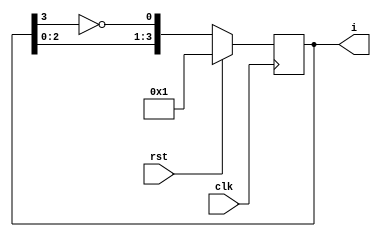
module johnson_counter(
    output [3:0] i,
    input clk,
    input rst
    );
	reg [3:0]i;
	
	initial begin
	i = 1;
	end
	
	always@(posedge clk) begin
		if(rst == 1)
			i <= 1;
		else
			i <= {i[2:0], ~(i[3])};
	end

endmodule